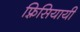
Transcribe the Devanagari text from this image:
फ़्रिसियायी